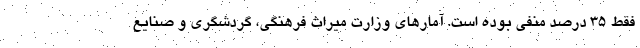
فقط ۳۵ درصد منفی بوده است. آمارهای وزارت میراث فرهنگی، گردشگری و صنایع